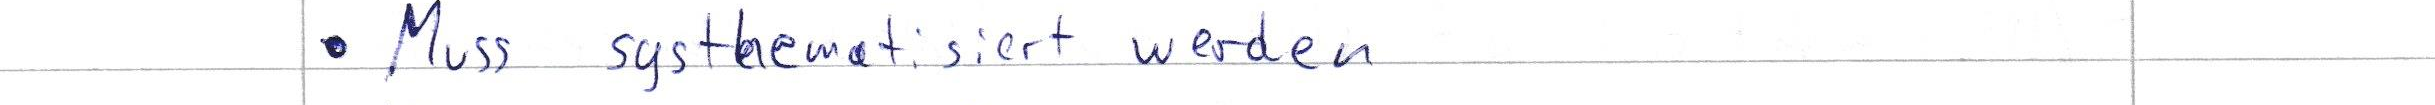
Muss systhematisiert werden